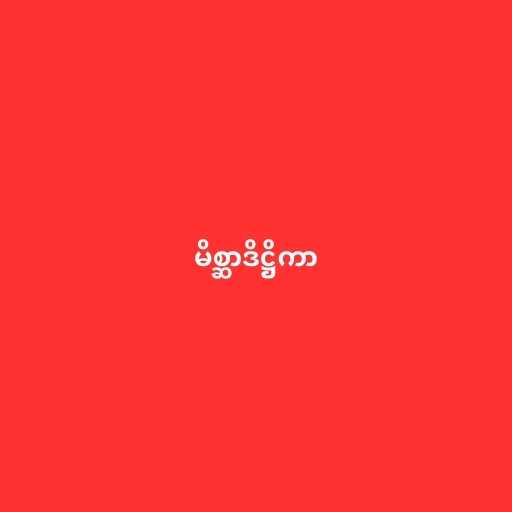
မိစ္ဆာဒိဋ္ဌိကာ